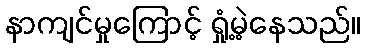
နာကျင်မှုကြောင့် ရှုံ့မဲ့နေသည်။